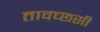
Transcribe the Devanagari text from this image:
तावच्छसी